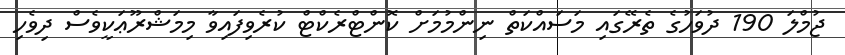
ޖުމްލަ 190 ދުވަހުގެ ތެރޭގައި މަސައްކަތް ނިންމުމަށް ކޮންޓްރެކްޓް ކުރެވިފައިވާ މިމަޝްރޫޢަކީވެސް ދިވެހި